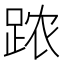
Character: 𲃣